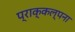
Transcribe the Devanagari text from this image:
प्राक्‌कल्पना